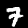
Digit: 7